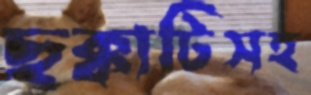
ছক্কাটিসহ